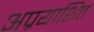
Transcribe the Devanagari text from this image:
अप्रयाशित